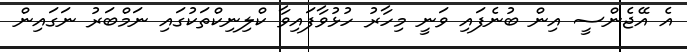
އެ އޭޖެންސީ އިން ބުނެފައި ވަނީ މިހާރު ހުޅުވާފައިވާ ކްލިނިކްތަކުގައި ނަމްބަރު ނަގައިން